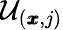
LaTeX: \mathcal{U}_{(\pmb{x},j)}